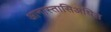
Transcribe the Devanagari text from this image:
आनास्तासिअधिस